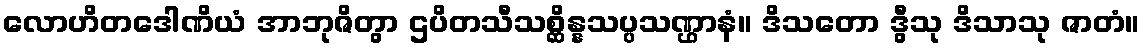
လောဟိတဒေါဏိယံ အာဘုဇိတွာ ဌပိတသီသစ္ဆိန္နသပ္ပသဏ္ဌာနံ။ ဒိသတော ဒွီသု ဒိသာသု ဇာတံ။